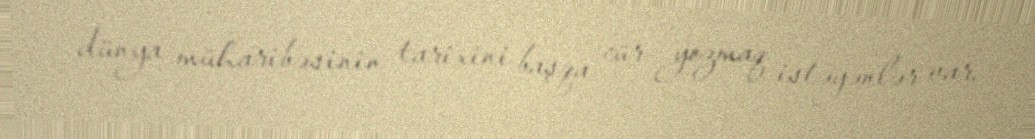
dünya müharibəsinin tarixini başqa cür yozmaq istəyənlər var.